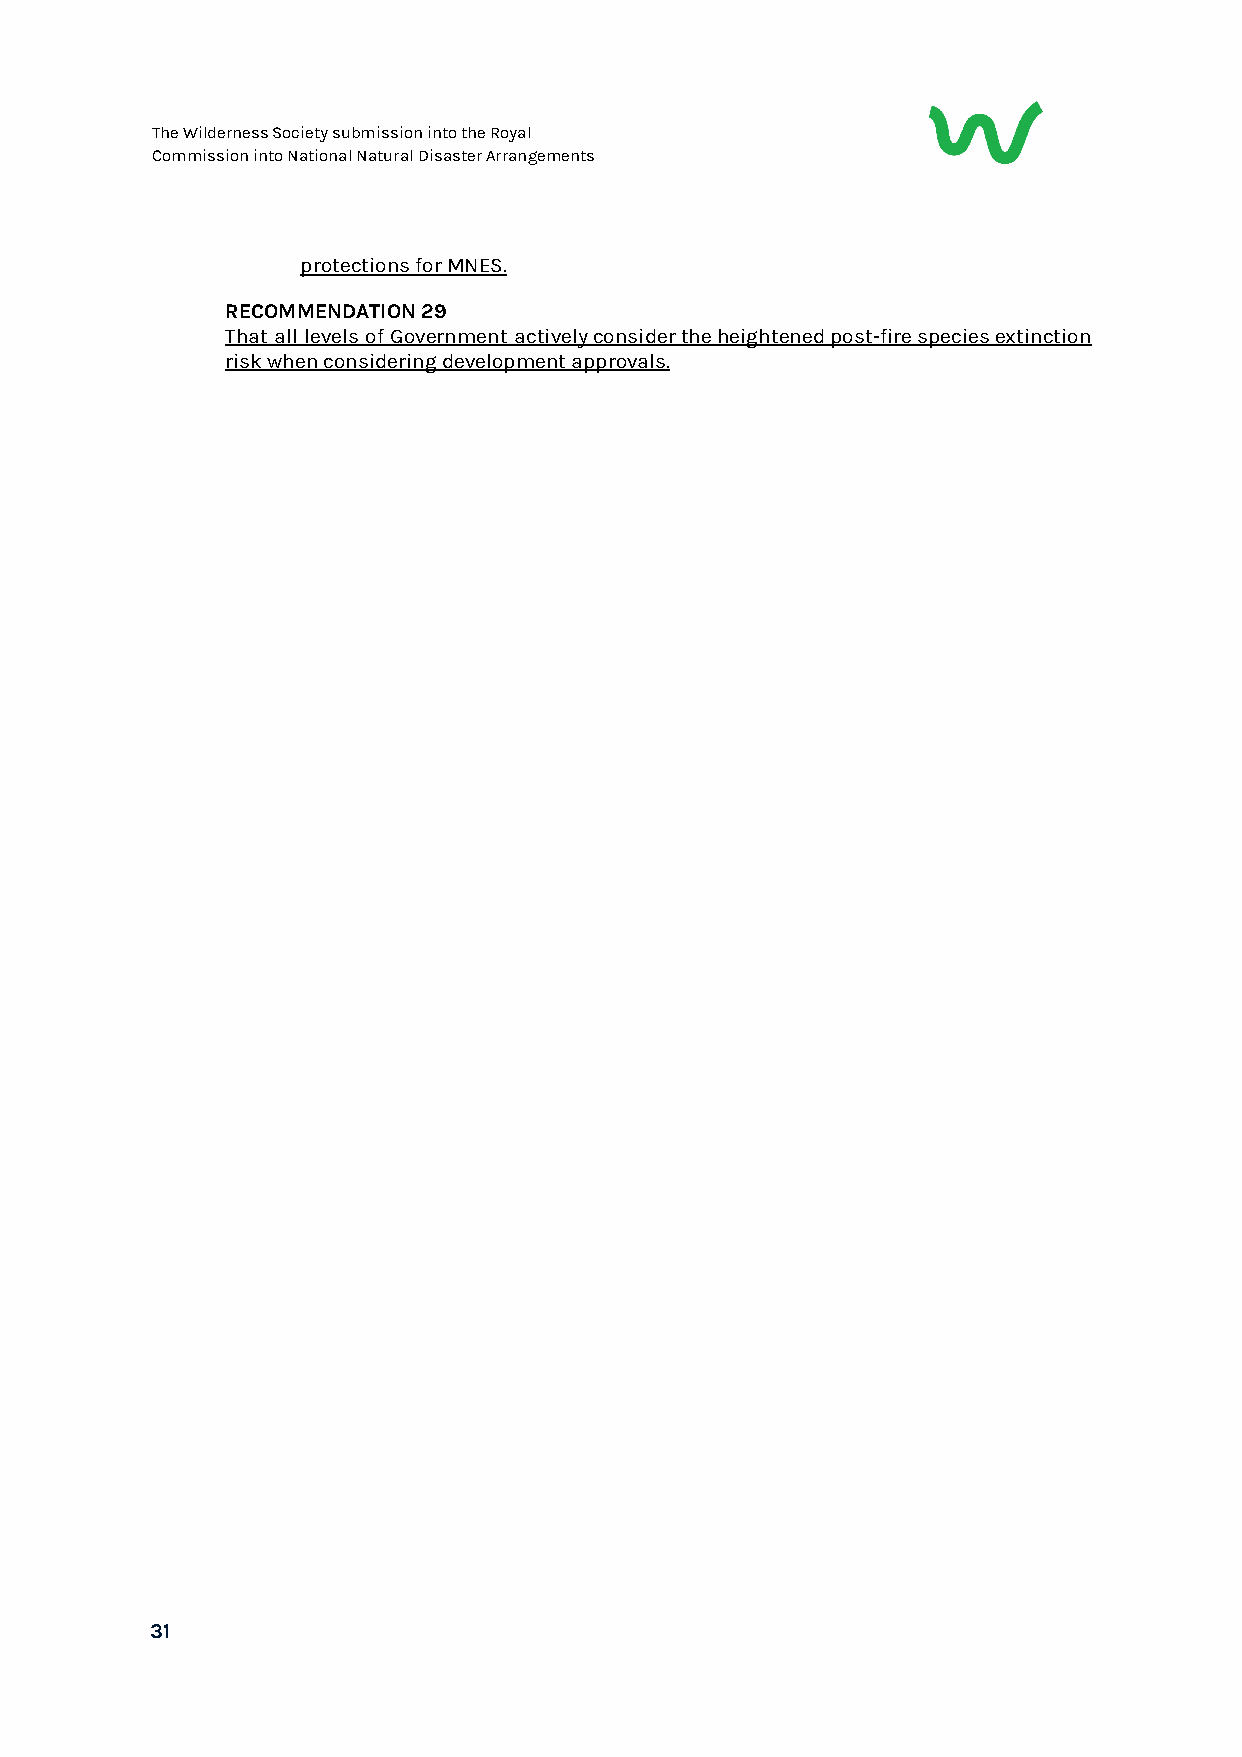
The Wilderness Society submission into the Royal
 Commission into National Natural Disaster Arrangements
 protections for MNES.
 RECOMMENDATION 29
 That all levels of Government actively consider the heightened post-fire species extinction
 risk when considering development approvals.
 31